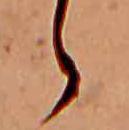
ゝ